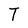
Character: T